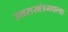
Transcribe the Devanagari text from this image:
उत्तराखंडमधल्या